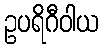
ဥပရိဂီဝါယ